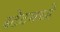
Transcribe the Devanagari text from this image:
स्टेटमध्ये